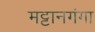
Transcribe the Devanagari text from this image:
मट्टानगंगा